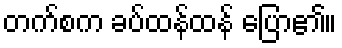
တက်စက ခပ်ထန်ထန် ပြော၏။